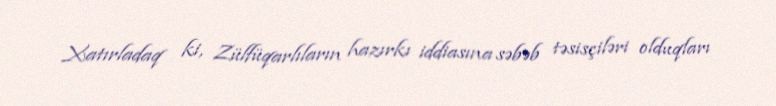
Xatırladaq ki, Zülfüqarlıların hazırkı iddiasına səbəb təsisçiləri olduqları